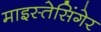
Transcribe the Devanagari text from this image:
माइस्तेसिंगेर